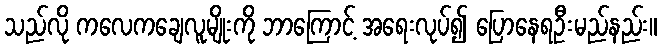
သည်လို ကလေကချေလူမျိုးကို ဘာကြောင့် အရေးလုပ်၍ ပြောနေရဦးမည်နည်း။